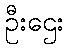
ဦးဌေး